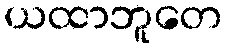
ယထာဘူတေ